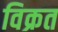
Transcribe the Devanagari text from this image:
विक्रत